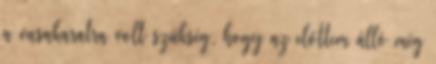
a vasakaratra volt szükség, hogy az előttem álló még